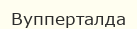
Вупперталда